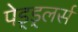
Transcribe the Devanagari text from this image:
पेड्ड्लर्स